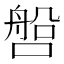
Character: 𰈧